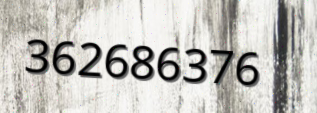
362686376